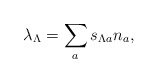
\begin{align*}\lambda_\Lambda = \sum_a s_{\Lambda a} n_a,\end{align*}